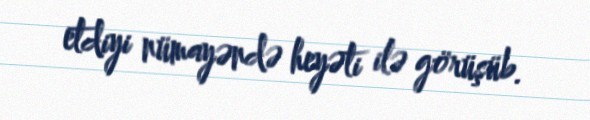
etdiyi nümayəndə heyəti ilə görüşüb.